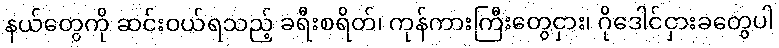
နယ်တွေကို ဆင်းဝယ်ရသည့် ခရီးစရိတ်၊ ကုန်ကားကြီးတွေငှား၊ ဂိုဒေါင်ငှားခတွေပါ